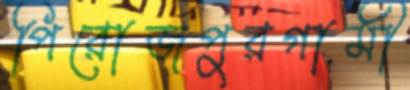
পিরোজপুরগামী